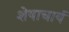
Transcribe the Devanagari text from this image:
शेषाचार्य